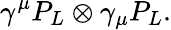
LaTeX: \gamma^{\mu}P_{L}\otimes\gamma_{\mu}P_{L}.